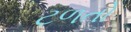
ટળતો